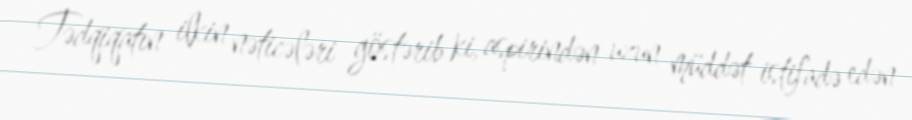
Tədqiqatın ilkin nəticələri göstərib ki, aspirindən uzun müddət istifadə edən